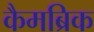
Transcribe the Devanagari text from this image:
कैमब्रिक